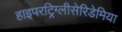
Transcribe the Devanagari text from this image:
हाइपरट्रिग्लीसेरिडेमिया